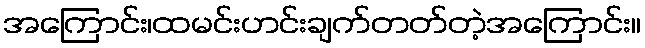
အကြောင်း၊ထမင်းဟင်းချက်တတ်တဲ့အကြောင်း။